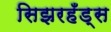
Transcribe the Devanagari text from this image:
सिझरहँड्स